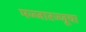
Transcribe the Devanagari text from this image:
मज्जारज्जूचा